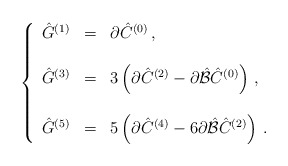
\begin{align*}\left\{\begin{array}{rcl}\hat{G}^{(1)} & = & \partial \hat{C}^{(0)}\, ,\\& & \\\hat{G}^{(3)} & = & 3\left(\partial \hat{C}^{(2)}-\partial \hat{\cal B} \hat{C}^{(0)}\right)\, ,\\& & \\\hat{G}^{(5)} & = & 5\left(\partial \hat{C}^{(4)}-6\partial \hat{\cal B} \hat{C}^{(2)}\right)\, .\\\end{array}\right.\end{align*}